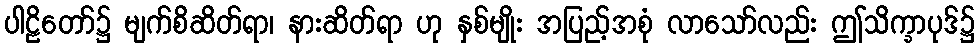
ပါဠိတော်၌ မျက်စိဆိတ်ရာ၊ နားဆိတ်ရာ ဟု နှစ်မျိုး အပြည့်အစုံ လာသော်လည်း ဤသိက္ခာပုဒ်၌